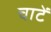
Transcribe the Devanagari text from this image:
चाटें